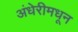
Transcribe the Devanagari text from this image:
अंधेरीमधून